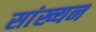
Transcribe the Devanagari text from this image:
सांख्यन